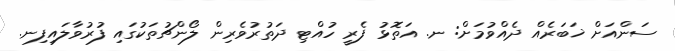
ސަންއަށް ޚަބަރެއް ދެއްވުމަށް: ނ. އަތޮޅު ފެރީ ހުއްޓި ދަތުރުވެރިން ލޯންޗުތަކުގައި ފުރުވާލައިފިނ.